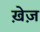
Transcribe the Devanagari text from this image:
ख़ेज़